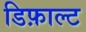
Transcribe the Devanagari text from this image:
डिफ़ाल्ट